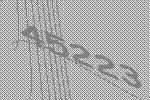
45223